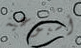
أسبوعية